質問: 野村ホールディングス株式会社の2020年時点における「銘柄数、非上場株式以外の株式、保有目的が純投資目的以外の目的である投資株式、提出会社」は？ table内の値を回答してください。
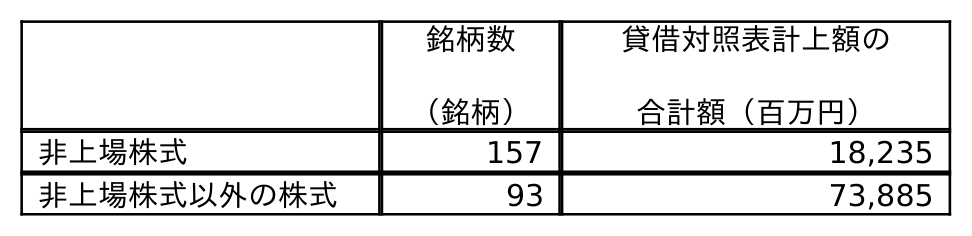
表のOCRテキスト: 銘柄数 （銘柄） 貸借対照表計上額の 合計額（百万円） 非上場株式 157 18,235 非上場株式以外の株式 93 73,885
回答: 93